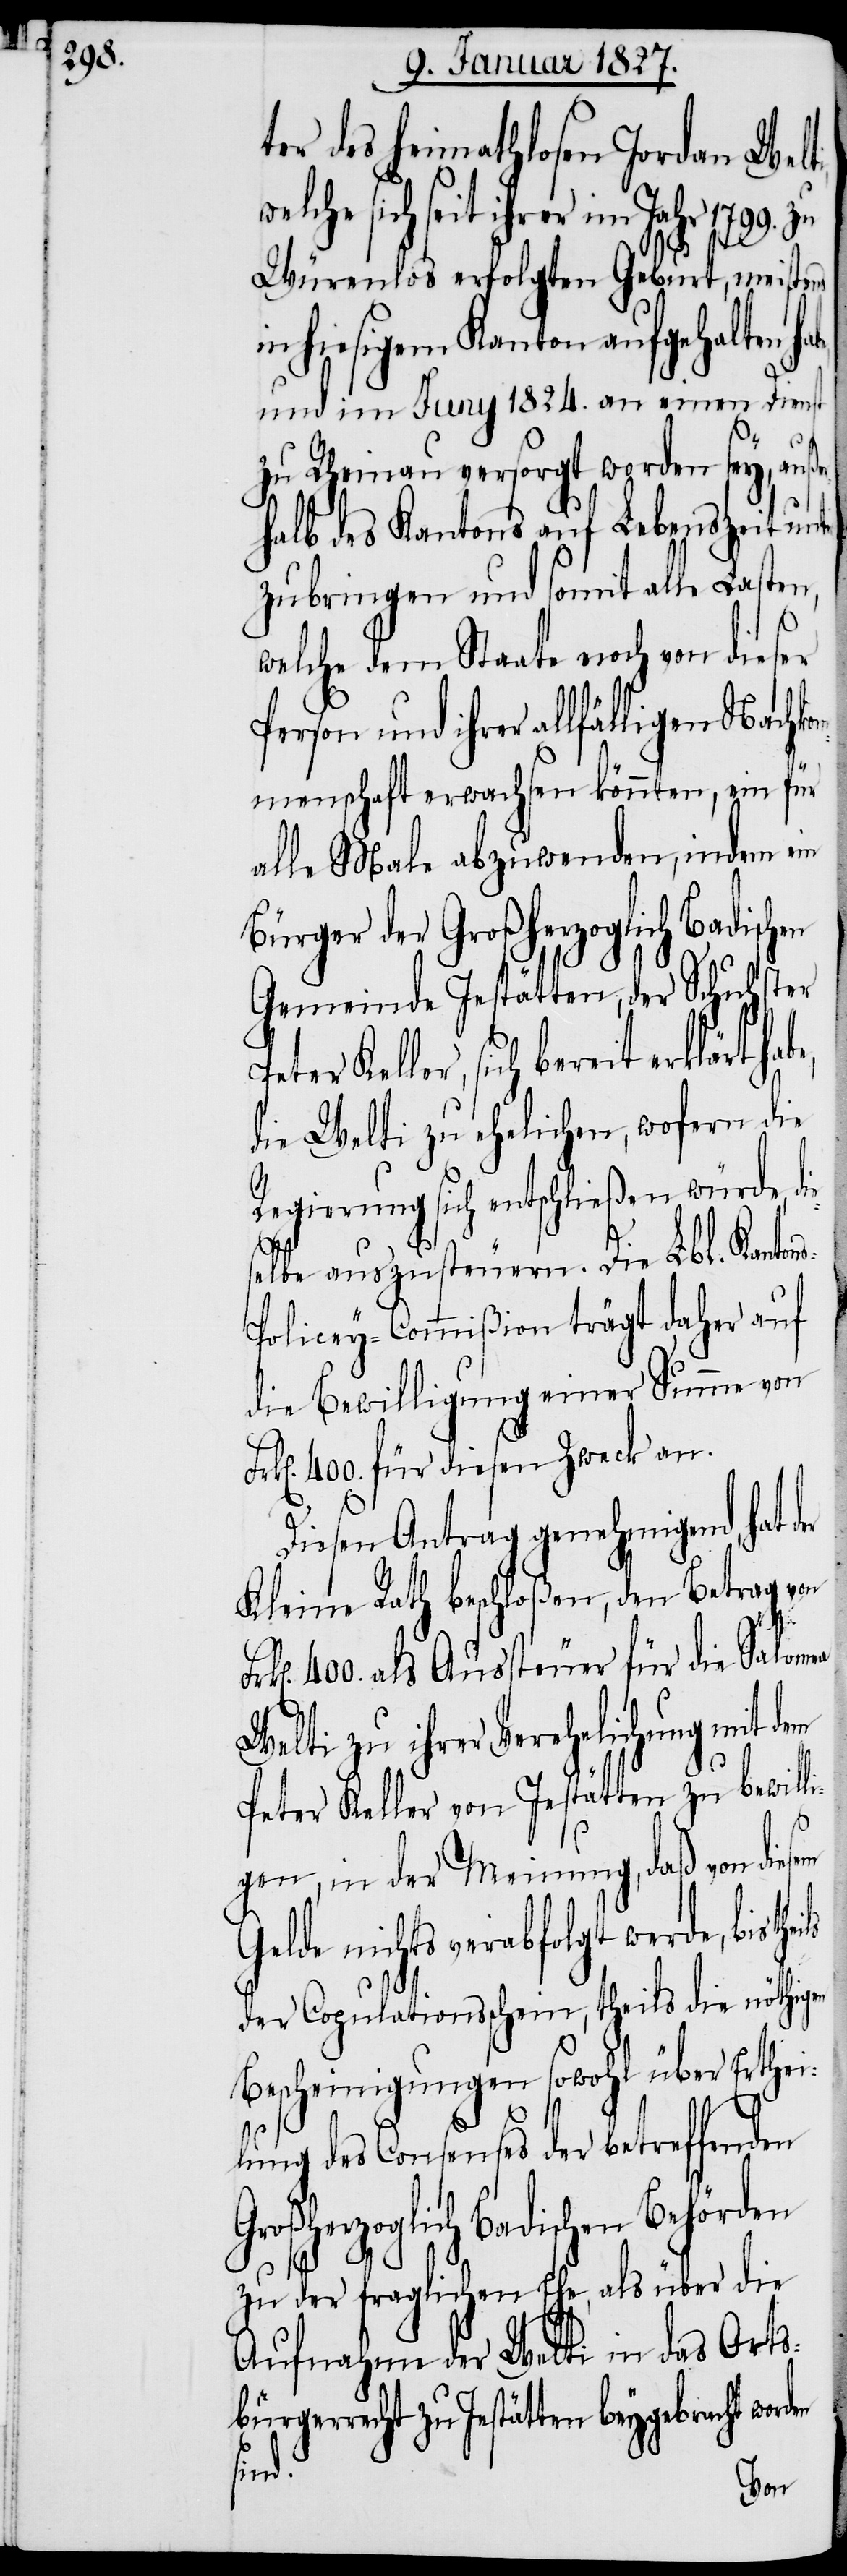
ter des Heimathlosen Jordan Welti,
sich seit ihrer im Jahr 1799.
Würenlos erfolgten Geburt, meistens
in hiesigem Kanton aufgehalten
und im Juny 1824. an einen Dienst
zu Rheinau versorgt worden sey, auß¬
halb des Kantons auf Lebenszeit un¬
zubringen und somit alle Lasten,
welche dem Staate noch von dieser
Person und ihrer allfälligen Nachko¬
mmenschaft erwachsen könnten, ein für
alle Male abzuwenden, indem ein
Bürger der Großherzoglich Badisch¬
Gemeinde Instätten, der Schuhster
Keller, sich bereit erklärt
die Welti zu ehelichen, wofern die
Regierung sich entschließen würde, di¬
selbe auszusteuern. Die Lbl. Kanto¬
olicey-Commißion trägt daher auf
die Bewilligung einer Summe von
400. für diesen Zweck an.
Diesen Antrag genehmigend, hat
Kleine Rath beschloßen, den Betrag von
er¬
400. als Aussteuer für die Salomea
Welti zu ihrer Verehelichung mit
Peter Keller von Instätten zu bewill¬
igen, in der Meinung, daß von die¬
elde nichts verabfolgt werde, bis
der Copulationsschein, theils die nöthigen
Bescheinigungen sowohl über Erthei¬
lung des Consenses der betreffenden
Großherzoglich Badischen Behörden
e¬
zu der fraglichen Ehe, als über die
Aufnahme der Welti in das Orts¬
bürgerrecht Instätten beygebracht worden
sind.
en